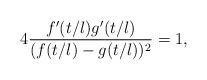
LaTeX: \begin{align*}4 \frac{f'(t/l)g'(t/l)}{(f(t/l)-g(t/l))^2}=1,\end{align*}